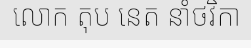
លោក តុប នេត នាំថវិកា